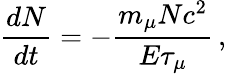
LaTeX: \frac{dN}{dt}=-\frac{m_{\mu}Nc^{2}}{E\tau_{\mu}}\, ,